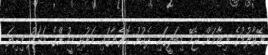
ނޭވާލުމުގެ ނިޒާމަށް ޖެހޭ މިބަލީގައި ދެކުނު ކޮރެޔާގައި މަރުވި މީހުންގެ އަދަދު މިދިޔަ